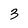
Character: 3